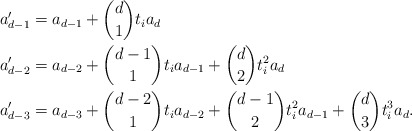
\begin{align*} a_{d-1}' &= a_{d-1} + \binom{d}{1}t_i a_d\\ a_{d-2}' &= a_{d-2} + \binom{d-1}{1}t_i a_{d-1} + \binom{d}{2}t_i^2 a_d\\ a_{d-3}' &= a_{d-3} + \binom{d-2}{1}t_ia_{d-2} + \binom{d-1}{2}t_i^2 a_{d-1} + \binom{d}{3}t_i^3 a_d. \end{align*}